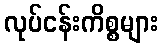
လုပ်ငန်းကိစ္စများ